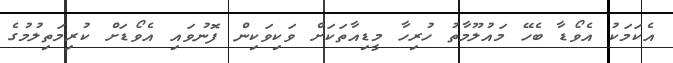
އެކަމަކު އެވޯޑާ ބެހޭ މައުލޫމާތު ހުރިހާ މީޑިއާތަކަށް ވަކިވަކިން ފޮނުވައި އެވޯޑަށް ކުރިމަތިލުމުގެ